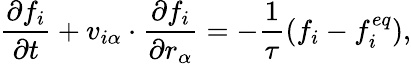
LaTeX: \frac{\partial f_{i}}{\partial t}+v_{i\alpha}\cdot\frac{\partial f_{i}}{\partial r_{\alpha}}=-\frac{1}{\tau}(f_{i}-f_{i}^{eq}),